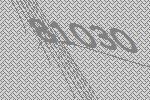
81030